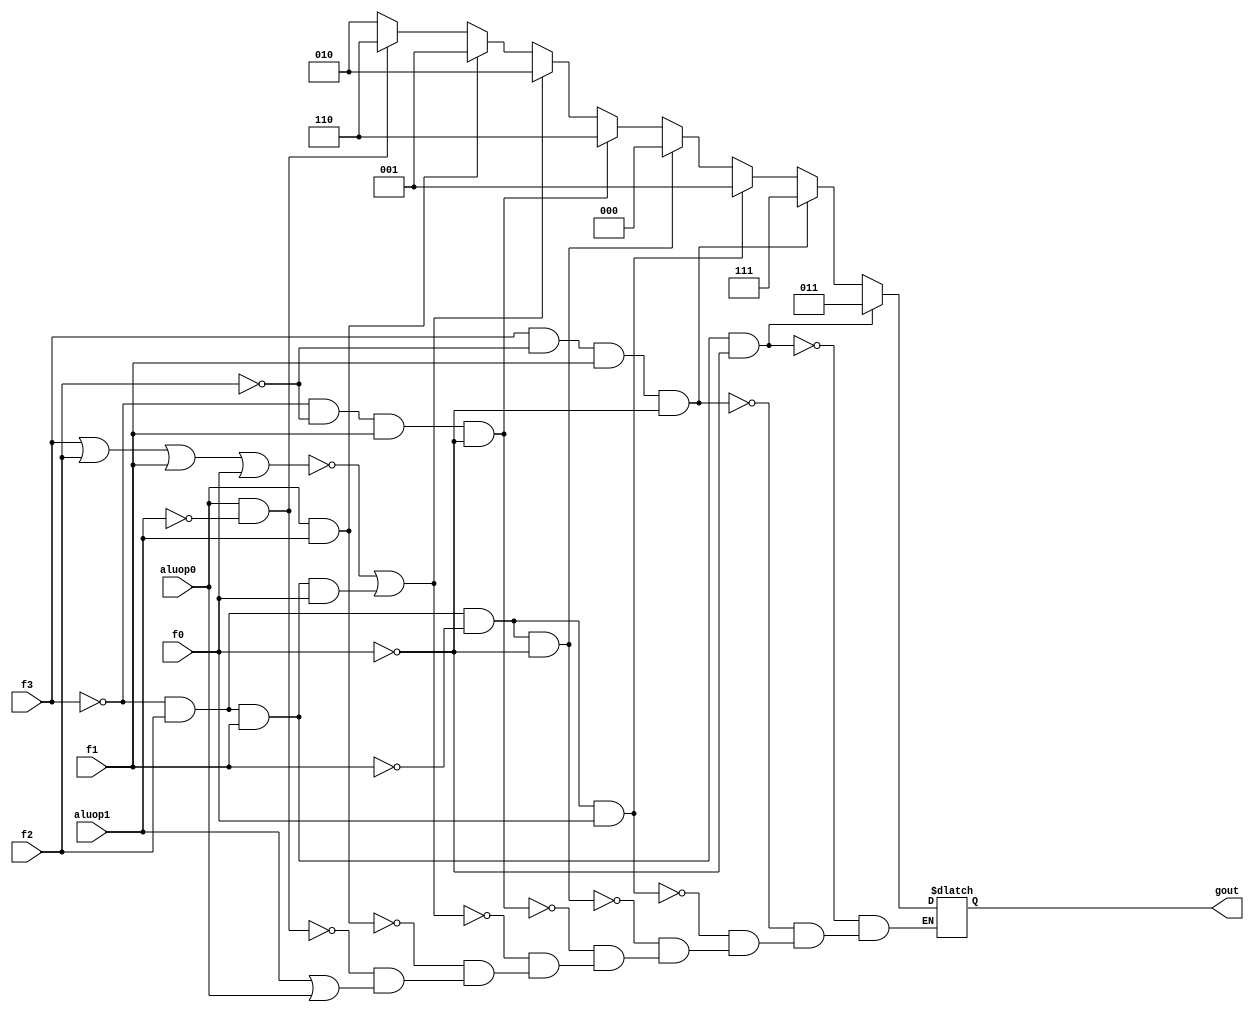
module alucont(aluop1,aluop0,f3,f2,f1,f0,gout);//Figure 4.12 
input aluop1,aluop0,f3,f2,f1,f0;
output [2:0] gout;
reg [2:0] gout;
always @(aluop1 or aluop0 or f3 or f2 or f1 or f0)
begin
if(~(aluop1|aluop0))  gout=3'b010;
if(aluop0 & ~(aluop1)) gout=3'b110;
if(aluop0 & aluop1 ) gout=3'b001;
begin
	if ( ( ~(f3|f2|f1|f0) ) || ( ~(f3) & f2 & f1 & f0 ) ) gout=3'b010; 	                //function code= 0x0000,ALU control=010 (add)
	if ( ~(f3) & ~(f2) & f1 & ~(f0) ) gout=3'b110;		//function code= 0x0010,ALU control=110 (sub)
	if ( ~(f3) & f2 & ~(f1) & ~(f0) ) gout=3'b000;		//function code= 0x0100,ALU control=000 (and)
	if ( ~(f3) & f2 & ~(f1) & f0 ) gout=3'b001;		//function code= 0x0101,ALU control=001 (or)
	if ( f3 & ~(f2) & f1 & ~(f0) ) gout=3'b111;             //function code= 0x1010,ALU control=111 (set on less than)
	if ( ~(f3) & f2 & f1 & ~(f0) ) gout=3'b011;             //function code= 0x0110,ALU control=011 (srlv)
	
end
end
endmodule